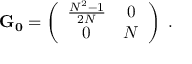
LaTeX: { \bf G _ { 0 } } = \left( \begin{array} { c c } { { \frac { N ^ { 2 } - 1 } { 2 N } } } & { { 0 } } \\ { { 0 } } & { { N } } \end{array} \right) \; .